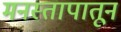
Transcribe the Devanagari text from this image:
मनस्तापातून